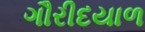
ગૌરીદયાળ